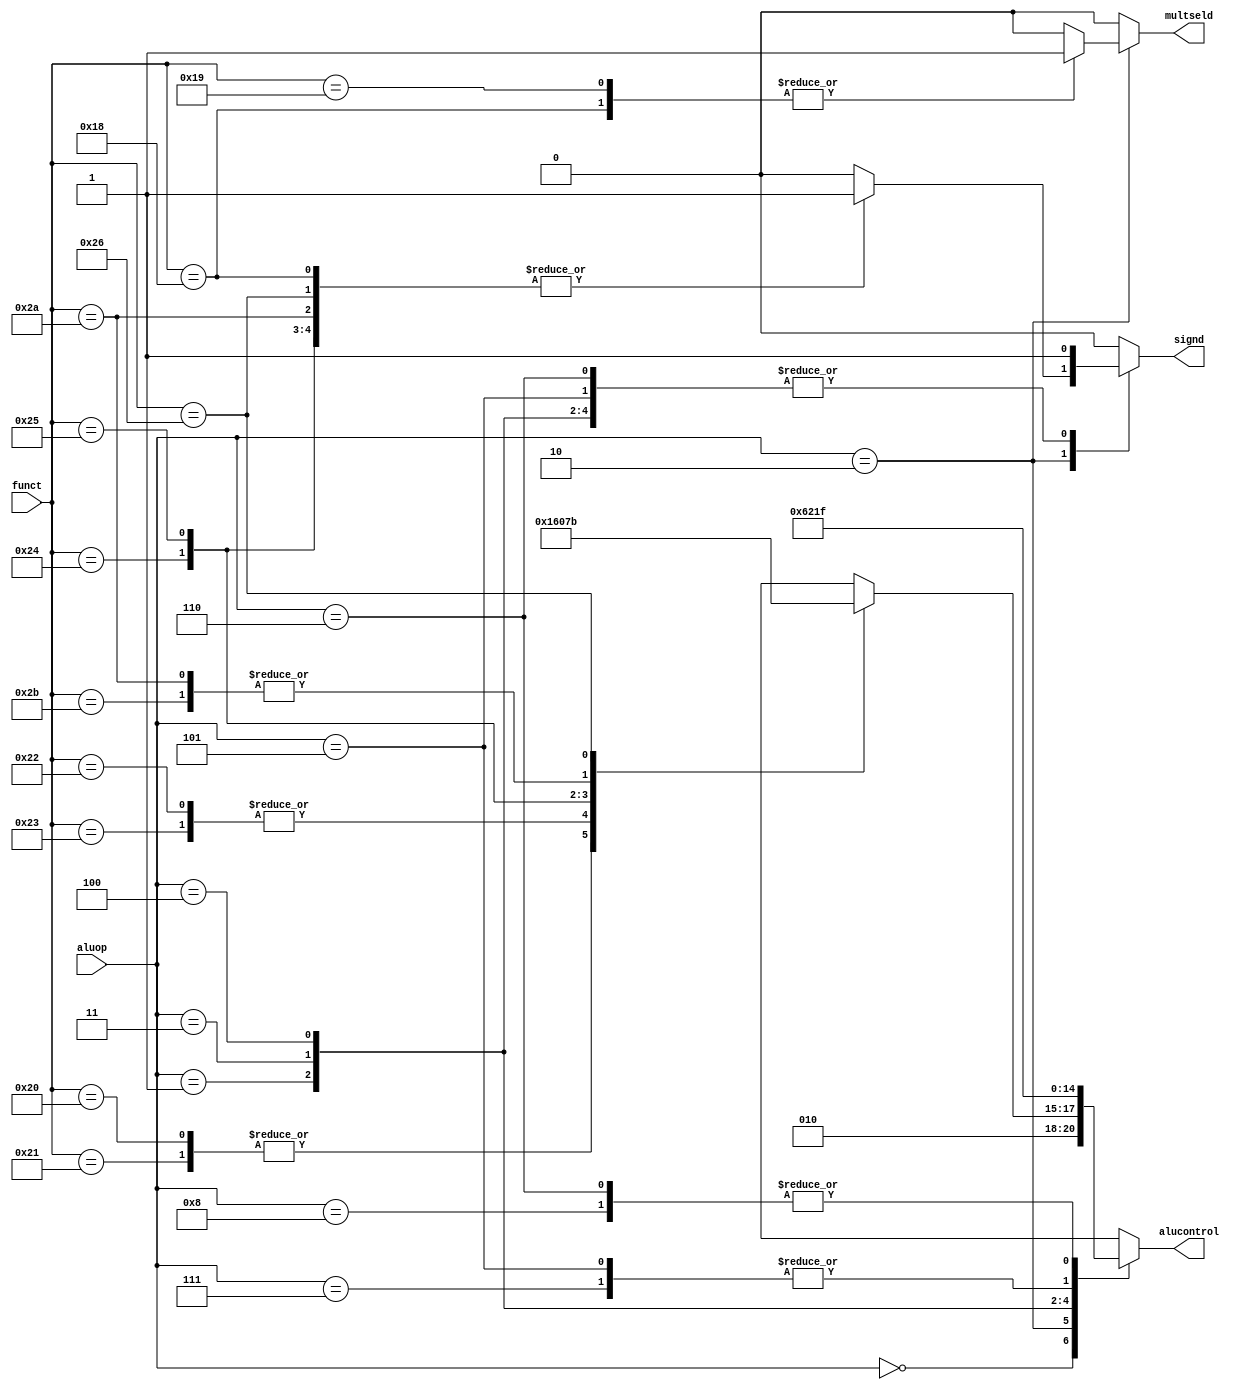
module aludec(funct, aluop, alucontrol, signd, multseld);
  input [5:0] funct;
  input [3:0] aluop;
  output reg [2:0] alucontrol;
  output reg signd, multseld;
  
  always @(*) begin
    case(aluop)
      4'b0000: begin alucontrol <= 3'b010; signd <= 1'b1; multseld <= 1'b0; end           // add (for lw/sw/addi)
      4'b0010: begin
          case(funct)         // R-type instructions
            6'b100000: begin alucontrol <= 3'b010; signd <= 1'b1; multseld <= 1'b0; end // add
            6'b100001: begin alucontrol <= 3'b010; signd <= 1'b0; multseld <= 1'b0; end // addu
            6'b100010: begin alucontrol <= 3'b110; signd <= 1'b1; multseld <= 1'b0; end // sub
            6'b100011: begin alucontrol <= 3'b110; signd <= 1'b0; multseld <= 1'b0; end // subu
            6'b100100: begin alucontrol <= 3'b000; signd <= 1'b1; multseld <= 1'b0; end // and
            6'b100101: begin alucontrol <= 3'b001; signd <= 1'b1; multseld <= 1'b0; end // or
            6'b101010: begin alucontrol <= 3'b111; signd <= 1'b1; multseld <= 1'b0; end // slt
            6'b101011: begin alucontrol <= 3'b111; signd <= 1'b0; multseld <= 1'b0; end // sltu
	    6'b100110: begin alucontrol <= 3'b011; signd <= 1'b1; multseld <= 1'b0; end // xor
            6'b011000: begin alucontrol <= 3'bxxx; signd <= 1'b1; multseld <= 1'b1; end // mult
            6'b011001: begin alucontrol <= 3'bxxx; signd <= 1'b0; multseld <= 1'b1; end // multu
          default:     begin alucontrol <= 3'bxxx; signd <= 1'b0; multseld <= 1'b0; end // ???
          endcase
	end
      4'b0001: begin alucontrol <= 3'b110; signd <= 1'b1; multseld <= 1'b0; end          // sub (for beq)
      4'b0011: begin alucontrol <= 3'b001; signd <= 1'b1; multseld <= 1'b0; end          // or (for ori)
      4'b0100: begin alucontrol <= 3'b000; signd <= 1'b1; multseld <= 1'b0; end          // andi
      4'b0101: begin alucontrol <= 3'b011; signd <= 1'b1; multseld <= 1'b0; end          // xori
      4'b0110: begin alucontrol <= 3'b111; signd <= 1'b1; multseld <= 1'b0; end          // slti
      4'b0111: begin alucontrol <= 3'b011; signd <= 1'b0; multseld <= 1'b0; end          // addiu
      4'b1000: begin alucontrol <= 3'b111; signd <= 1'b0; multseld <= 1'b0; end          // sltiu
      default: begin alucontrol <= 3'bxxx; signd <= 1'b0; multseld <= 1'b0; end          
    endcase
  end
endmodule